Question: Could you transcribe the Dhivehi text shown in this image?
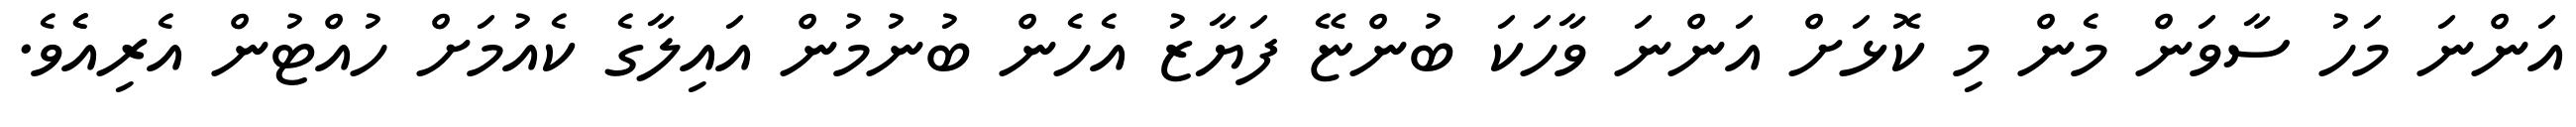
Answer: އަންނަ މަހު ސާވަން މެން މި ކޮޅަށް އަންނަ ވާހަކަ ބުންޏޭ ފަޔާޒު އެހެން ބުނުމުން އައިލާގެ ކެއުމަށް ހުއްޓުން އެރިއެެވެ.